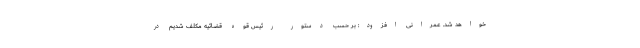
خواهد شد. عمرانی افزود: بر حسب دستور رئیس قوه قضائیه مکلف شدیم در